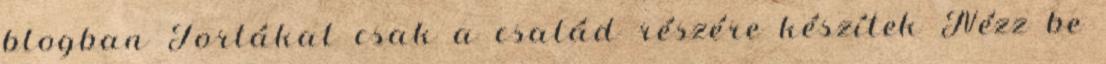
blogban Tortákat csak a család részére készítek Nézz be